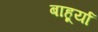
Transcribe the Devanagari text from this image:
बाहूर्या